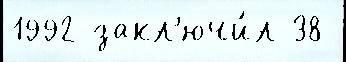
1992 закл'ючи́л 38